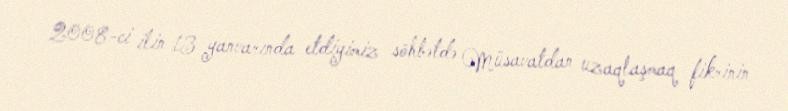
2008-ci ilin 13 yanvarında etdiyimiz söhbətdə Müsavatdan uzaqlaşmaq fikrinin